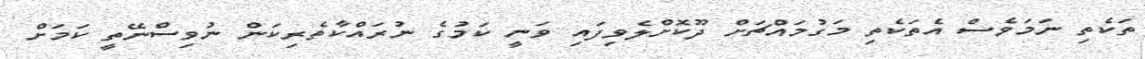
ތަކެތި ނަމަވެސް އެތަކެތި މަގުމައްޗަށް ދޫކޮށްލެވިފައި ވަނީ ކަމުގެ ނުރައްކާތެރިކަން ނުވިސްނޭތީ ކަމަށް